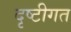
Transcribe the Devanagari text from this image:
दृष्टीगत